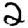
Digit: 2